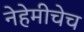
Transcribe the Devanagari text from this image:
नेहेमीचेच